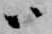
ハ